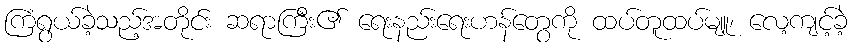
ကြံရွယ်ခဲ့သည့်အတိုင်း ဆရာကြီး၏ ရေးနည်းရေးဟန်တွေကို ထပ်တူထပ်မျူ၊ လေ့ကျင့်ခဲ့